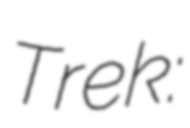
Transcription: Trek: